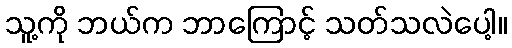
သူ့ကို ဘယ်က ဘာကြောင့် သတ်သလဲပေါ့။